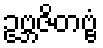
ဥဗ္ဘဇိတဗ္ဗံ